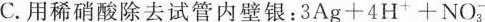
C.用稀硝酸除去试管内壁银：3Ag+4H^{+}+NO_{3}^{-}